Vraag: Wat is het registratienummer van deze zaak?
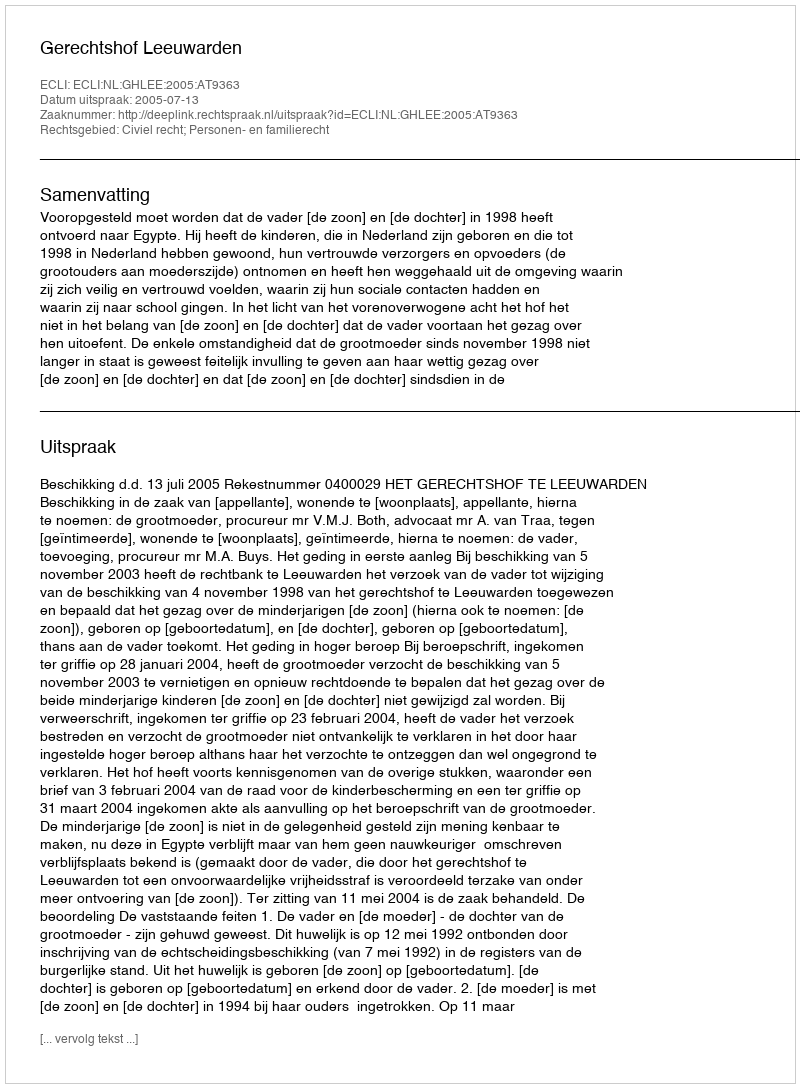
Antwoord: http://deeplink.rechtspraak.nl/uitspraak?id=ECLI:NL:GHLEE:2005:AT9363